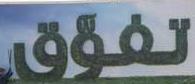
تفو